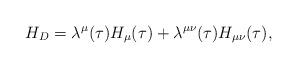
LaTeX: \begin{align*}H_D=\lambda^\mu(\tau)H_\mu(\tau)+\lambda^{\mu\nu}(\tau)H_{\mu\nu}(\tau), \end{align*}